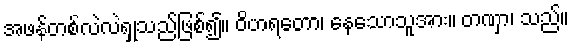
အဖန်တစ်လဲလဲရှုသည်ဖြစ်၍။ ဝိဟရတော၊ နေသောသူအား။ တဏှာ၊ သည်။